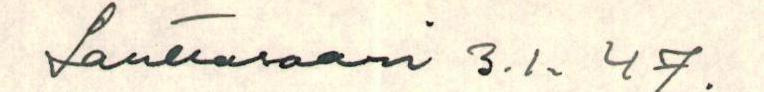
Lauttasaari 3.1. 47.